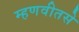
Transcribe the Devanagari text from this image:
म्हणवीतसे